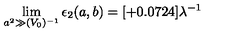
\lim _ { a ^ { 2 } \gg ( V _ { 0 } ) ^ { - 1 } } \epsilon _ { 2 } ( a , b ) = [ + 0 . 0 7 2 4 ] \lambda ^ { - 1 }